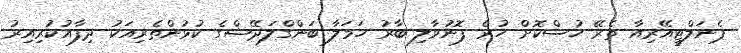
ޕެނަލްޓީއޭރިއާ ތެރޭ ހުސްކޮށް ހުރެ ފޮނުވާލި ބާރު ހަމަލާ ބަންގްލަދޭޝްގެ ކުޅުންތެރިއަކު ދިފާއުކުރިއިރު